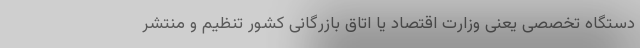
دستگاه تخصصی یعنی وزارت اقتصاد یا اتاق بازرگانی کشور تنظیم و منتشر